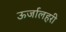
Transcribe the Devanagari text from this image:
ऊर्जालहरी